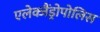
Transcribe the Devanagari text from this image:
एलेक्जैंड्रोपोलिस